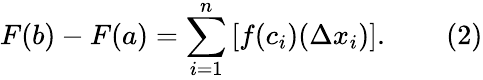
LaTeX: F(b)-F(a)=\sum_{i=1}^{n}\, [f(c_{i})(\Delta x_{i})].\qquad(2)